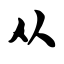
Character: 从